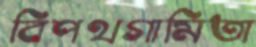
বিপথগামিতা